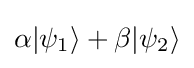
\alpha |\psi _{1}\rangle +\beta |\psi _{2}\rangle